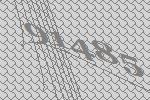
91485